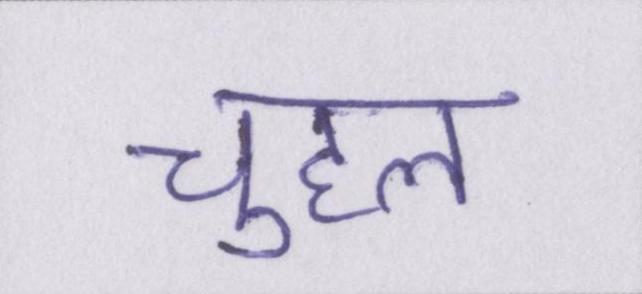
चुहल